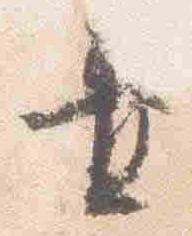
置